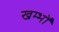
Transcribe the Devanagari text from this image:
खम्भोँ